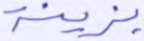
بزينة